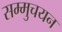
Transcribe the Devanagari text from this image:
सम्मुचयन